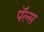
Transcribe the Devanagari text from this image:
पॅल्स